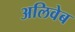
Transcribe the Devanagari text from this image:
अलिवेब